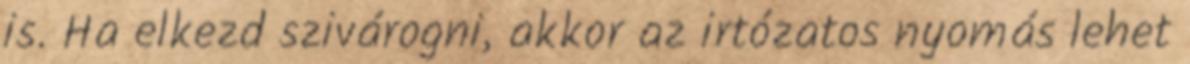
is. Ha elkezd szivárogni, akkor az irtózatos nyomás lehet